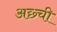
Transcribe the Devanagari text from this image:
अछ्ची